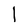
Character: l